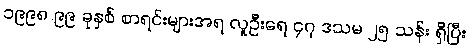
၁၉၉၈ ၉၉ ခုနှစ် စာရင်းများအရ လူဦးရေ ၄၇ ဒသမ ၂၅ သန်း ရှိပြီး